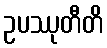
ဥပဿုတီတိ